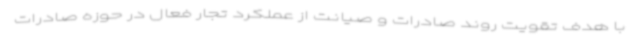
با هدف تقویت روند صادرات و صیانت از عملکرد تجار فعال در حوزه صادرات